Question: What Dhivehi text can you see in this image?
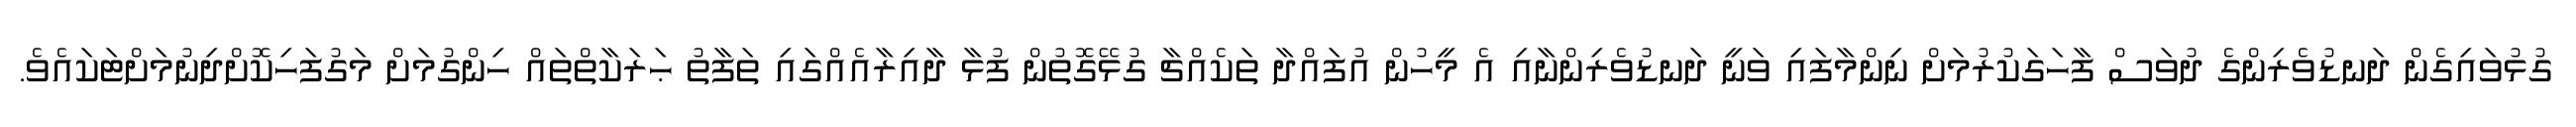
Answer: ގުޅުވައިގެން ދަނޑުވެރިންގެ ދުވަސް ފާހަގަކުރުމަށް ނިންމާފައި ވަނީ ދަނޑުވެރިންނާއި އެ މީހުން އުފައްދާ ތަކެއްޗާ ގުޅޭގޮތުން ފުޅާ ދާއިރާއެއްގައި ތަފާތު ޙަރަކާތްތައް ހިންގުމަށް މަގުފަހިކޮށްދިނުމަށްޓަކައެވެ.